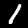
Label: 1